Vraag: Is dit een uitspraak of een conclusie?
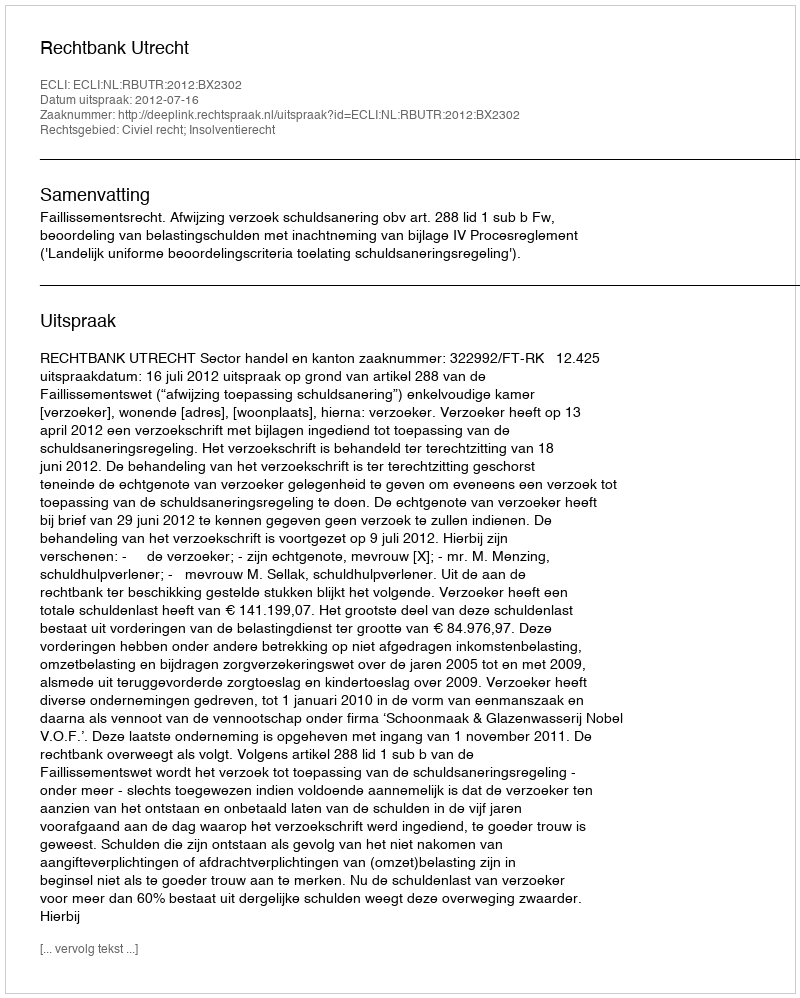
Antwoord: Uitspraak